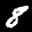
Label: 8